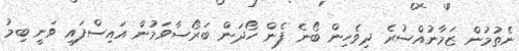
ނެތުމުން ޒަމާނުއްސުރެ ދިވެހިން ބޯނެ ފެން ހޯދަން ބަރޯސާވަމުން އައިސްފައި ވަނީ ބިމު